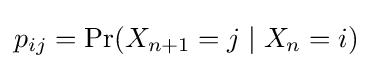
p_{ij}=\Pr(X_{n+1}=j\mid X_{n}=i)